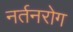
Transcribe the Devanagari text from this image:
नर्तनरोग